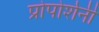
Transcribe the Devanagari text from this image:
प्रोपोर्शनी